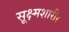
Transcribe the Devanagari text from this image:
सूक्ष्मशारीर